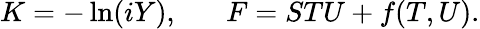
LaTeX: K=-\ln(iY),\; \; \; \; \; \; F=STU+f(T,U).